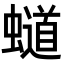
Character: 𧒴